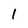
Character: l